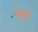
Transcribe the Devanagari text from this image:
रैस्ट